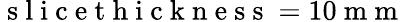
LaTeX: \mathrm{~s~l~i~c~e~t~h~i~c~k~n~e~s~s~}=10\mathrm{~m~m~}